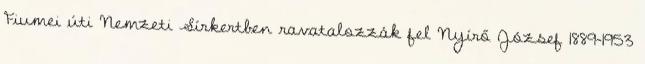
Fiumei úti Nemzeti Sírkertben ravatalozzák fel Nyírő József 1889-1953